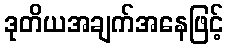
ဒုတိယအချက်အနေဖြင့်